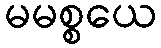
မမစ္စယေ